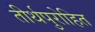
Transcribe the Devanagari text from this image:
तीर्थपुरोहित